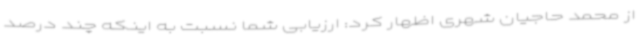
از محمد حاجیان شهری اظهار کرد: ارزیابی شما نسبت به اینکه چند درصد